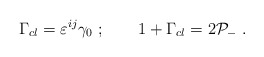
\begin{align*}\Gamma_{cl}=\varepsilon^{ij}\gamma_0\ ;\qquad 1+\Gamma_{cl}=2{\cal P}_-\ .\end{align*}